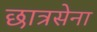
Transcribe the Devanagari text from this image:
छात्रसेना